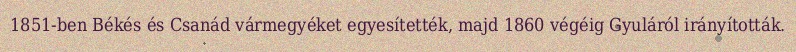
1851-ben Békés és Csanád vármegyéket egyesítették, majd 1860 végéig Gyuláról irányították.